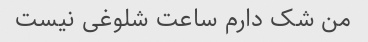
من شک دارم ساعت شلوغی نیست